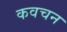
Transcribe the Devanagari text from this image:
कवचन